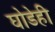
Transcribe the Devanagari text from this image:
घोडेही